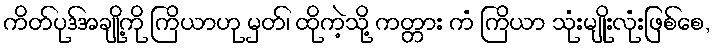
ကိတ်ပုဒ်အချို့ကို ကြိယာဟု မှတ်၊ ထိုကဲ့သို့ ကတ္တား ကံ ကြိယာ သုံးမျိုးလုံးဖြစ်စေ,